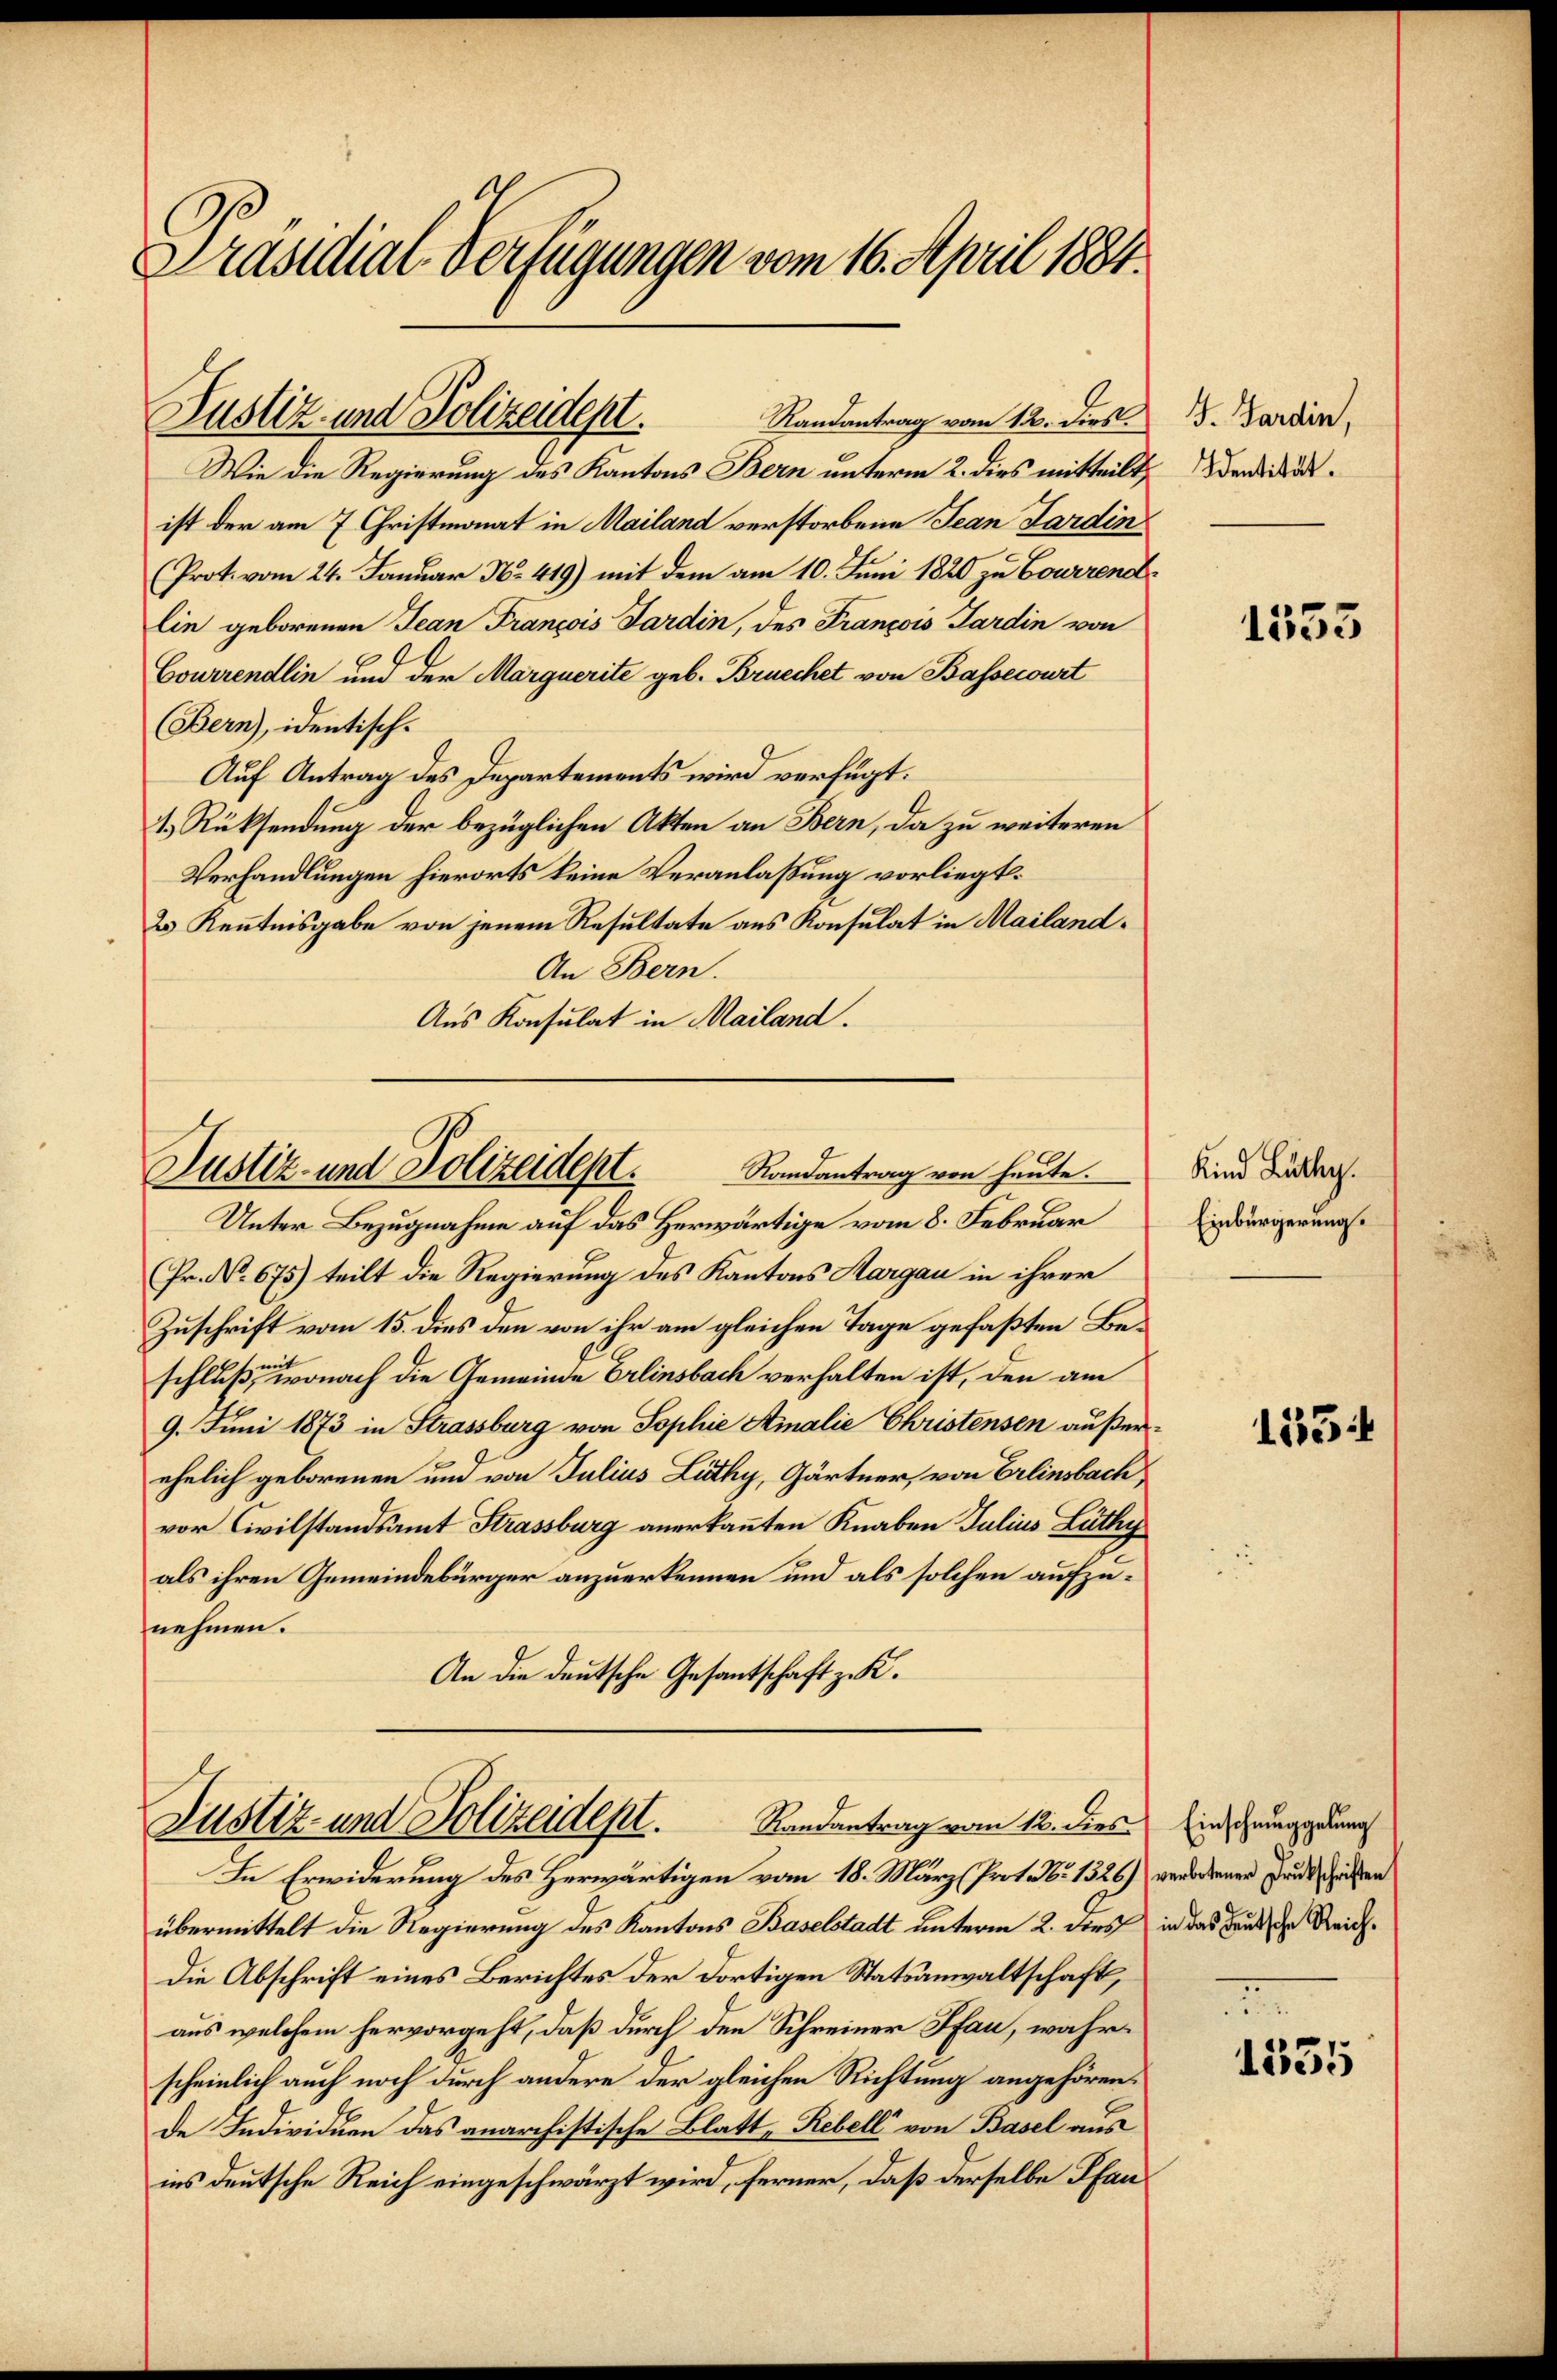
Präsidial-Verfügungen vom 16. April 1884.

Wie die Regierung des Kantons Bern unterm 2. dies mitteilt,
ist der am 7. Christmonat in Mailand verstorbene Jean Pardin
(Prot. vom 24. Januar No. 419) mit dem am 10. Juni 1820 zu Bourrendlin geborenen Jean François Sardin, des François Pardin von
Courrendlin und der Marquerite geb. Bruechet von Bassecourt
(Bern), identisch-
Auf Antrag des Departements wird verfügt:
1.) Rüksendung der bezüglichen Akten an Bern, da zu weiteren
Verhandlungen hierorts keine Veranlaßung vorliegt.
2 Kenntnisgabe von jenem Resultate aus Konsulat in Mailand¬
An Bern.
Aus Konsulat in Mailand.

Justiz- und Polizeident.

Unter Bezugnahme auf das Herwärtige vom 8. Februar
Fr. No 675) teilt die Regierung des Kantons Aargau in ihrer
Zuschrift vom 15. dies den von ihr am gleichen Tage gefaßten Beschluß, wonach die Gemeinde Erlinsbach verhalten ist, den am
9. Juni 1873 in Strassburg von Sophie Ainalie Christensen außerehelich geborenen und von Julius Lüthy, Gärtner, von Erlinsbach,
vor Civilstandsamt Strassburg anerkannten Knaben Julius Lüthy
als ihren Gemeindebürger anzuerkennen und als solchen aufzunehmen.
An die deutsche Gesantschaft z. K.

Randantrag vom 12. Dies.

Randantrag von heute.
Justiz- und Polizeidept.

Justiz- und Polizeidept.
Randantrag vom 12. dies

In Erwiderung des Herwärtigen vom 18. März (Prot. No 1326) verordenen Landtschreiben
übermittelt die Regierung des Kantons Baselstadt unterm 2. dies in das deutsche Reich¬
Die Abschrift eines Berichtes der dortigen Statsanwaltschaft,
aus welchem hervorgeht, daß durch den Schreiner Pfan, wahrscheinlich auch noch durch andere der gleichen Richtung angehören
de Individuen das anarchistische Blatt, Rebell von Basel aus
ins deutsche Reich eingeschwärzt wird, ferner, daß derselbe Pfan

G. Sardin,
Identität.

1553

Kind Lüthy.
Einbürgerung.

153

Einschmuggelung
n

1535